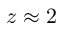
z \approx 2